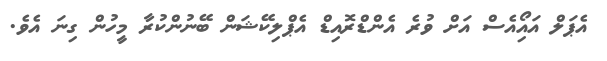
އެޕަލް އައިޯއެސް އަށް ވުރެ އެންޑްރޮއިޑް އެޕްލިކޭޝަން ބޭނުންކުރާ މީހުން ގިނަ އެވެ.